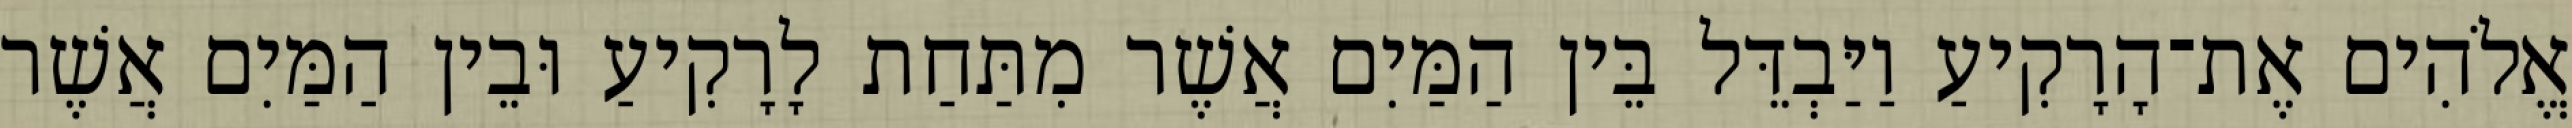
אֱלֹהִים אֶת־הָרָקִיעַ וַיַּבְדֵּל בֵּין הַמַּיִם אֲשֶׁר מִתַּחַת לָרָקִיעַ וּבֵין הַמַּיִם אֲשֶׁר